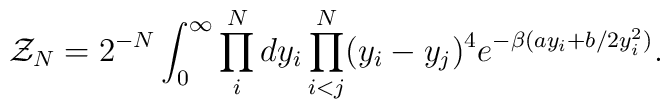
{\cal Z}_{N} = 2^{-N} \int _{0} ^{\infty} \prod _{i} ^{N} dy_{i}\prod _{i<j} ^{N} (y_{i} - y_{j})^{4} e^{- \beta (a y_{i} +b/2 y_{i} ^{2})}.